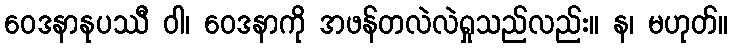
ဝေဒနာနုပဿီ ဝါ၊ ဝေဒနာကို အဖန်တလဲလဲရှုသည်လည်း။ န၊ မဟုတ်။